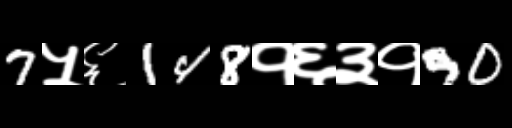
Text: 7५६148१६३१90